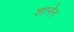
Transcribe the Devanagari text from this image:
शानेन